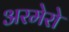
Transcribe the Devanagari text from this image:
अरमेरो